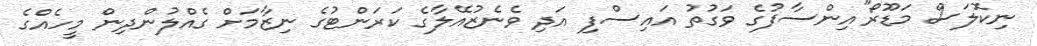
ނިކޮލަސް މަޑޫރޯ"އިންސާފުގެ ވަގުތު އައިސްފި އަދި ވެނެޒުއޭލާގެ ކަރަންޓުގެ ނިޒާމަށް ގެއްލުންދިން މީހެއްގެ